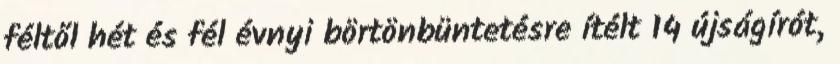
féltől hét és fél évnyi börtönbüntetésre ítélt 14 újságírót,